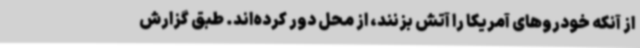
از آنکه خودروهای آمریکا را آتش بزنند، از محل دور کرده‌اند. طبق گزارش